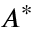
A ^ { * }